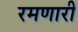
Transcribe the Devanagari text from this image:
रमणारी